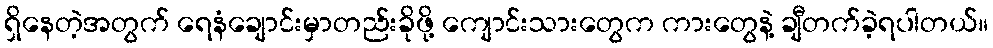
ရှိနေတဲ့အတွက် ရေနံချောင်းမှာတည်းခိုဖို့ ကျောင်းသားတွေက ကားတွေနဲ့ ချီတက်ခဲ့ရပါတယ်။